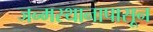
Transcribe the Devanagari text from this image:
जन्मस्थानापासून